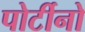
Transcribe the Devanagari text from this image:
पोर्टीनो